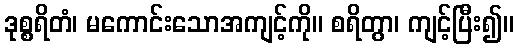
ဒုစ္စရိတံ၊ မကောင်းသောအကျင့်ကို။ စရိတွာ၊ ကျင့်ပြီး၍။